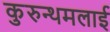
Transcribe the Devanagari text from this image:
कुरुन्थमलाई